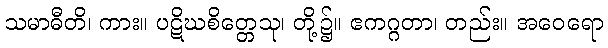
သမာဓီတိ၊ ကား။ ပဋိဃစိတ္တေသု၊ တို့၌။ ဧကဂ္ဂတာ၊ တည်း။ အဝေရော